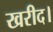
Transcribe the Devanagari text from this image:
खरीद।